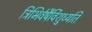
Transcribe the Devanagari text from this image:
त्रिभिर्वर्षैर्विशुध्यति